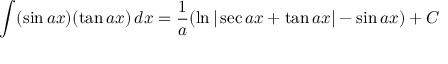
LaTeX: \int ( \sin a x ) ( \tan a x ) \, d x = { \frac { 1 } { a } } ( \ln | \sec a x + \tan a x | - \sin a x ) + C